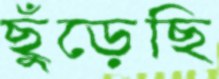
ছুঁড়েছি